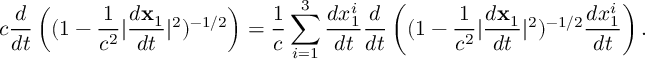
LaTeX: c \frac { d } { d t } \left( ( 1 - \frac { 1 } { c ^ { 2 } } | \frac { d { \bf x } _ { 1 } } { d t } | ^ { 2 } ) ^ { - 1 / 2 } \right) = \frac { 1 } { c } \sum _ { i = 1 } ^ { 3 } \frac { d x _ { 1 } ^ { i } } { d t } \frac { d } { d t } \left( ( 1 - \frac { 1 } { c ^ { 2 } } | \frac { d { \bf x } _ { 1 } } { d t } | ^ { 2 } ) ^ { - 1 / 2 } \frac { d x _ { 1 } ^ { i } } { d t } \right) .